Report of an investigation of the epidemic of malarial fever in Assam, or, kala-azar
Disease focus: Malaria
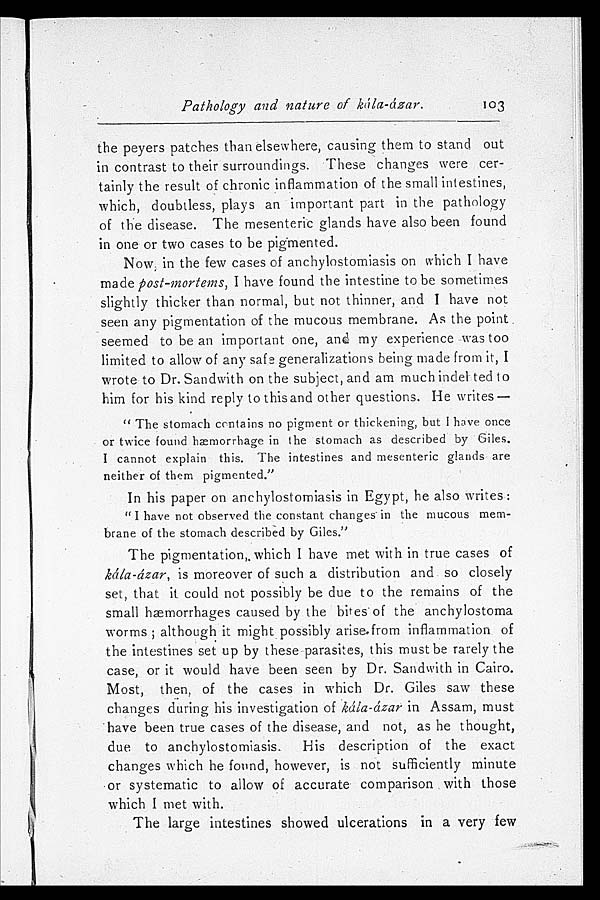
Pathology and nature of kála-ázar.
the peyers patches than elsewhere, causing them to stand out
in contrast to their surroundings. These changes were cer
- t a i n l y t h e r e s u l t o f c h r o n i c i n f l a m m a t i o n o f t h e s m a l l i n t e s t i n e s ,
which, doubtless, plays an important part in the pathology
of the disease. The mesenteric glands have also been found
in one or two cases to be pigmented.
Now in the few cases of anchylostomiasis on which I have
made post-mortems, I have found the intestine to be sometimes
slightly thicker than normal, but not thinner, and I have not
seen any pigmentation of the mucous membrane. As the point
seemed to be an important one, and my experience was too
limited to allow of any safe generalizations being made from it, I
wrote to Dr. Sandwith on the subject, and am much indebted to
him for his kind reply to this and other questions. He writes
—
"The stomach contains no pigment or thickening, but I have once
or twice found hæmorrhage in the stomach as described by Giles.
I cannot explain this. The intestines and mesenteric glands are
neither of them pigmented."
In his paper on anchylostomiasis in Egypt, he also writes:
"I have not observed the constant changes in the mucous mem
-brane of the stomach described by Giles."
The pi gment at i on, . whi ch I have met wi t h i n t r ue cases of
kála-ázar, is moreover of such a distribution and so closely
set, that it could not possibly be due to the remains of the
small hæmorrhages caused by the bites of the anchylostoma
worms; although it might possibly arise from inflammation of
the intestines set up by these parasites, this must be rarely the
case, or it would have been seen by Dr. Sandwith in Cairo.
Most, then, of the cases in which Dr. Giles saw these
changes during his investigation of kála-ázar in Assam, must
have been true cases of the disease, and not, as he thought,
due to anchylostomiasis. His description of the exact
changes which he found, however, is not sufficiently minute
or systematic to allow of accurate comparison with those
which I met with.
The large intestines showed ulcerations in a very few
103